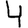
Digit: 4